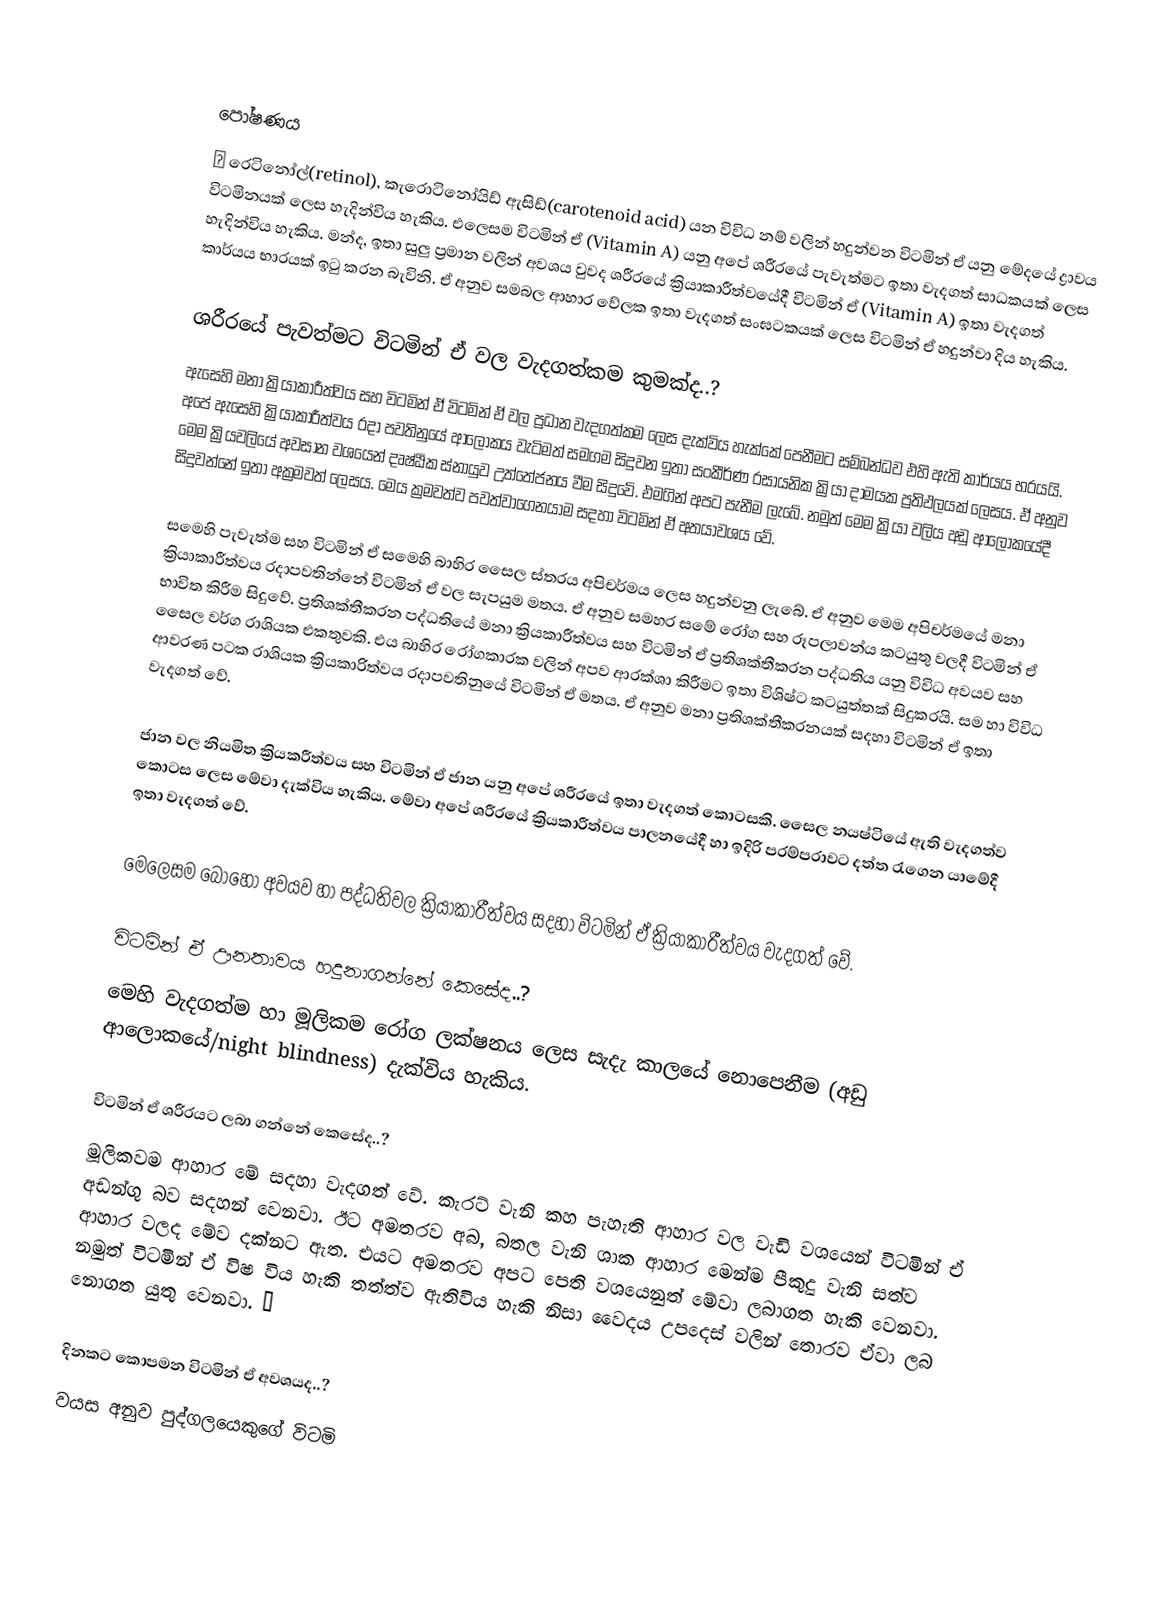

පෝෂණය
📷 රෙටිනෝල්(retinol), කැරොටිනෝයිඩ් ඇසිඩ්(carotenoid acid) යන විවිධ නම් වලින් හදුන්වන විටමින් ඒ යනු මේදයේ ද්‍රාවය විටමිනයක් ලෙස හැදින්විය හැකිය. එලෙසම විටමින් ඒ (Vitamin A) යනු අපේ ශරීරයේ පැවැත්මට ඉතා වැදගත් සාධකයක් ලෙස හැදින්විය හැකිය. මන්ද, ඉතා සුලු ප්‍රමාන වලින් අවශය වුවද ශරීරයේ ක්‍රියාකාරීත්වයේදී විටමින් ඒ (Vitamin A) ඉතා වැදගත් කාර්යය භාරයක් ඉ‍ටු කරන බැවිනි. ඒ අනුව සමබල ආහාර වේලක ඉතා වැදගත් සංඝටකයක් ලෙස විටමින් ඒ හදුන්වා දිය හැකිය.

ශරීරයේ පැවත්මට විටමින් ඒ වල වැදගත්කම කුමක්ද..?
ඇසෙහි මනා ක්‍රියාකාරීත්වය සහ විටමින් ඒ විටමින් ඒ වල ප්‍රධාන වැදගත්කම ලෙස දැක්විය හැක්කේ පෙනීමට සම්බන්ධව එහි ඇති කාර්යය භරයයි. අපේ ඇසෙහි ක්‍රියාකාරීත්වය රදා පවතිනුයේ ආලෝකය වැටිමත් සමගම සිදුවන ඉතා සංකීර්ණ රසායනික ක්‍රියා දාමයක ප්‍රතිඵලයක් ලෙසය. ඒ අනුව මෙම ක්‍රියවලියේ අවසාන වශයෙන් දෘෂ්ඨික ස්නායුව උත්තේජනය වීම සිදුවේ. එමගින් අපට පැනීම ලැබේ. නමුත් මෙම ක්‍රියා වලිය අඩු ආලෝකයේදී සිදුවන්නේ ඉතා අක්‍රමවත් ලෙසය. මෙය ක්‍රමවත්ව පවත්වාගෙනයාම සදහා විටමින් ඒ අතයාවශය වේ.

සමෙහි පැවැත්ම සහ විටමින් ඒ සමෙහි බාහිර සෛල ස්තරය අපිචර්මය ලෙස හදුන්වනු ලැබේ. ඒ අනුව මෙම අපිචර්මයේ මනා ක්‍රියාකාරීත්වය රදාපවතින්නේ විටමින් ඒ වල සැපයුම මතය. ඒ අනුව සමහර සමේ රෝග සහ රූපලාවන්ය කටයුතු වලදී විටමින් ඒ භාවිත කිරීම සිදුවේ. ප්‍රතිශක්තීකරන පද්ධතියේ මනා ක්‍රියකාරීත්වය සහ විටමින් ඒ ප්‍රතිශක්තීකරන පද්ධතිය යනු විවිධ අවයව සහ සෛල වර්ග රාශියක එකතුවකි. එය බාහිර රෝගකාරක වලින් අපව ආරක්ශා කිරීමට ඉතා විශිෂ්ට කටයුත්තක් සිදුකරයි. සම හා විවිධ ආවරණ පටක රාශියක ක්‍රියකාරිත්වය රදාපවතිනුයේ විටමින් ඒ මතය. ඒ අනුව මනා ප්‍රතිශක්තීකරනයක් සදහා විටමින් ඒ ඉතා වැදගත් වේ.

ජාන වල නියමිත ක්‍රියකරීත්වය සහ විටමින් ඒ ජාන යනු අපේ ශරීරයේ ඉතා වැදගත් කොටසකි. සෛල නයෂ්ටියේ ඇති වැදගත්ව කොටස ලෙස මේවා දැක්විය හැකිය. මේවා අපේ ශරීරයේ ක්‍රියකාරීත්වය පාලනයේදී හා ඉදිරි පරම්පරාවට දත්ත ‍රැගෙන යාමේදී ඉතා වැදගත් වේ.

මෙලෙසම බොහෝ අවයව හා පද්ධතිවල ක්‍රියාකාරීත්වය සදහා විටමින් ඒ ක්‍රියාකාරීත්වය වැදගත් වේ.

විටමින් ඒ ඌනතාවය හදුනාගන්නේ කෙසේද..?
මෙහි වැදගත්ම හා මූලිකම රෝග ලක්ෂනය ලෙස සැදැ කාලයේ නොපෙනීම (අඩු ආලොකයේ/night blindness) දැක්විය හැකිය.

විටමින් ඒ ශරීරයට ලබා ගන්නේ කෙසේද..?
මූලිකවම ආහාර මේ සදහා වැදගත් වේ. කැරට් වැනි කහ පැහැති ආහාර වල වැඩි වශයෙන් විටමින් ඒ අඩන්ගු බව සදහන් වෙනවා. ඊට අමතරව අබ, බතල වැනි ශාක ආහාර මෙන්ම පීකුදු වැනි සත්ව ආහාර වලද මේව දක්නට ඇත. එයට අමතරව අපට පෙති වශයෙනුත් මේවා ලබාගත හැකි වෙනවා. නමුත් විටමින් ඒ විෂ විය හැකි තත්ත්ව ඇතිවිය හැකි නිසා වෛදය උපදෙස් වලින් තොරව ඒවා ලබ නොගත යුතු වෙනවා. 📷

දිනකට කොපමන විටමින් ඒ අවශයද..?
වයස අනුව පුද්ගලයෙකුගේ විටමි